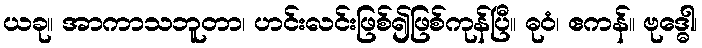
ယခု။ အာကာသဘူတာ၊ ဟင်းလင်းဖြစ်၍ဖြစ်ကုန်ပြီ။ ဓုဝံ၊ ဧကန်။ ဗုဒ္ဓေါ၊